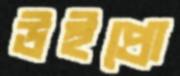
উইপ্রো